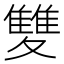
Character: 𩀱